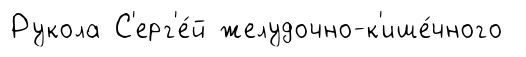
Рукола С'ерг'е́й желудочно-к'ише́чного